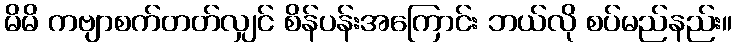
မိမိ ကဗျာစက်တတ်လျှင် စိန်ပန်းအကြောင်း ဘယ်လို စပ်မည်နည်း။